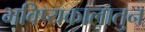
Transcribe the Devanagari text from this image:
भविष्यकालातुन